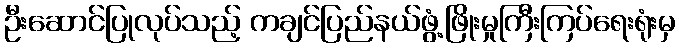
ဦးဆောင်ပြုလုပ်သည့် ကချင်ပြည်နယ်ဖွံ့ဖြိုးမှုကြီးကြပ်ရေးရုံးမှ